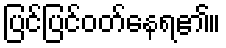
ပြင်ပြင်ဝတ်နေရ၏။